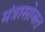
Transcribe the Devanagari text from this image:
मंत्रासोबत